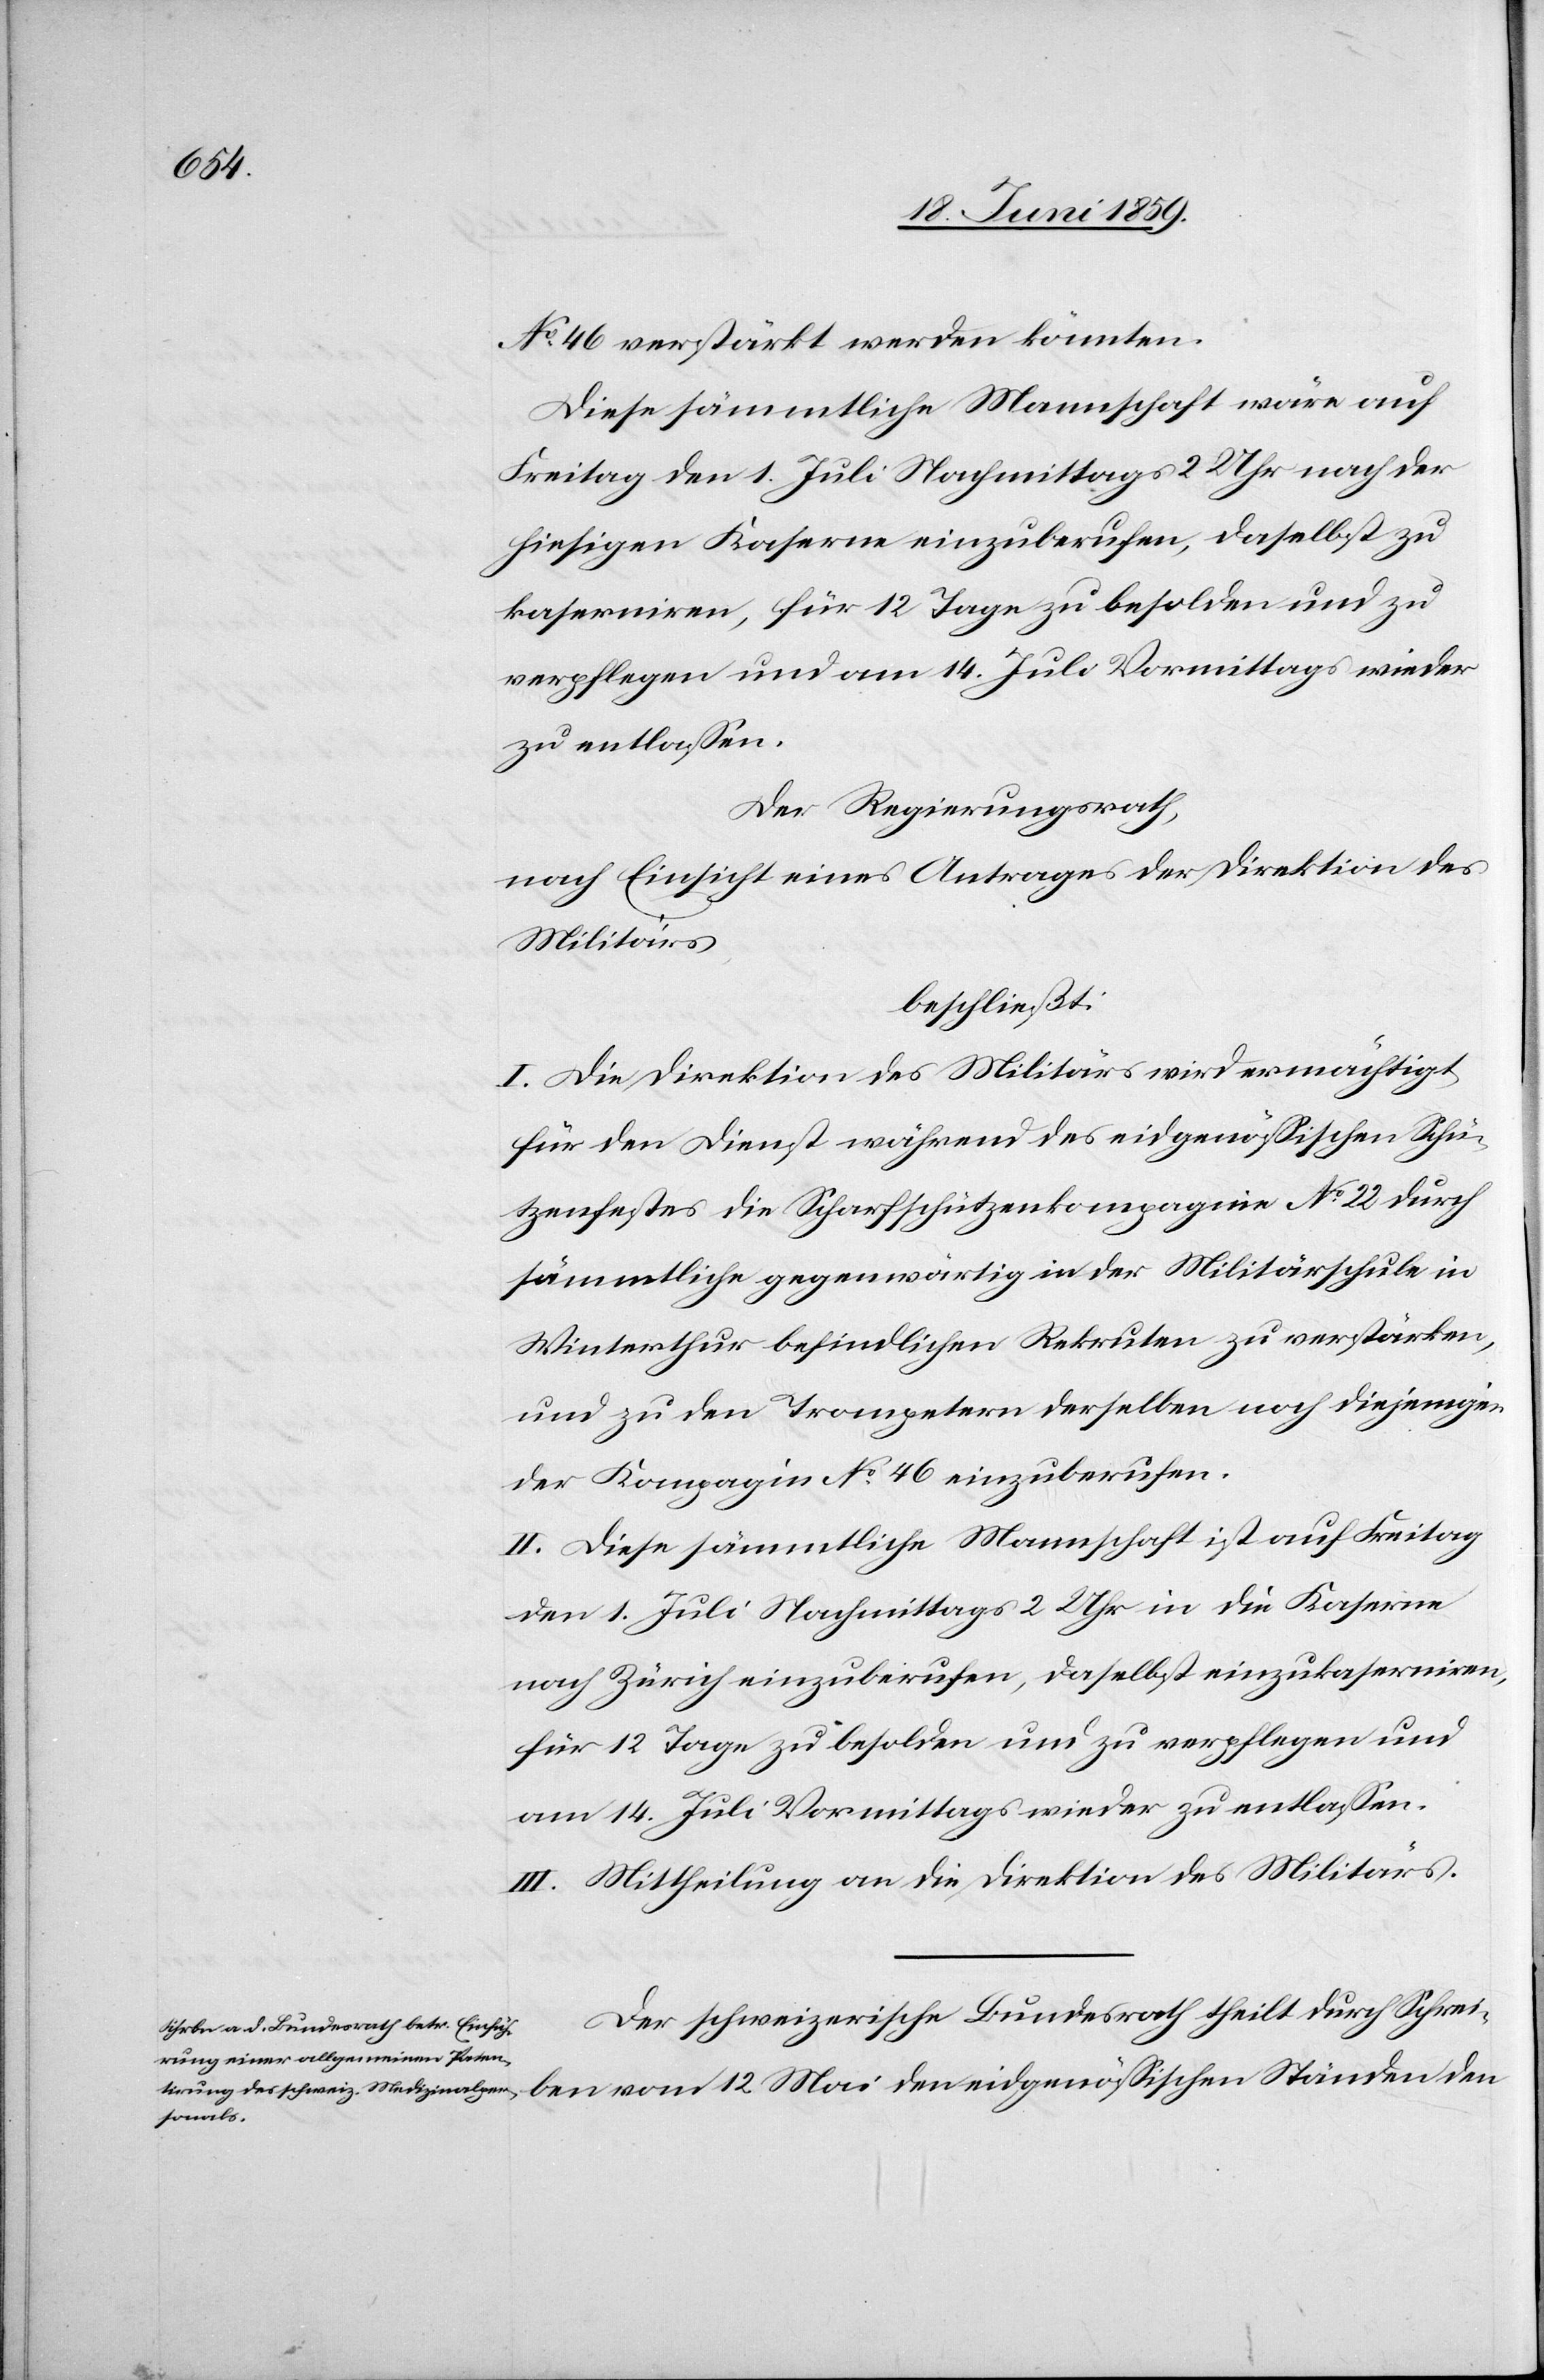
No. 46 verstärkt werden könnten.
Diese sämmtliche Mannschaft wäre auf
Freitag den 1. Juli Nachmittags 2 Uhr nach der
hiesigen Kaserne einzuberufen, daselbst zu
kaserniren, für 12 Tage zu besolden und zu
verpflegen und am 14. Juli Vormittags wieder
zu entlassen.
Der Regierungsrath
nach Einsicht eines Antrages der Direktion des
Militärs
beschliesst:
I. Die Direktion des Militärs wird ermächtigt,
für den Dienst während des eidgenössischen Schü¬
tzenfestes die Scharfschützenkompagnie No. 22 durch
sämmtliche gegenwärtig in der Militärschule in
Winterthur befindlichen Rekruten zu verstärken,
und zu den Trompetern derselben noch diejenigen
der Kompagnie No. 46 einzuberufen.
II. Diese sämmtliche Mannschaft ist auf Freitag
den 1. Juli Nachmittags 2 Uhr in die Kaserne
nach Zürich einzuberufen, daselbst einzukaserniren,
für 12 Tage zu besolden und zu verpflegen und
am 14. Juli Vormittags wieder zu entlassen.
III. Mittheilung an die Direktion des Militärs.
Der schweizerische Bundesrath theilt durch Schrei¬
den